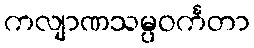
ကလျာဏသမ္ပဝင်္ကတာ